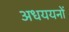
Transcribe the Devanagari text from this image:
अधययनों